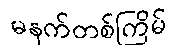
မနက်တစ်ကြိမ်